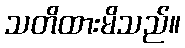
သတိထားမိသည်။